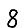
Digit: 8